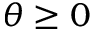
\theta \ge 0